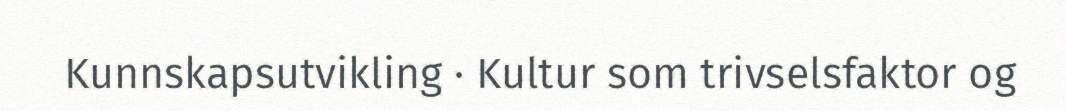
Kunnskapsutvikling · Kultur som trivselsfaktor og